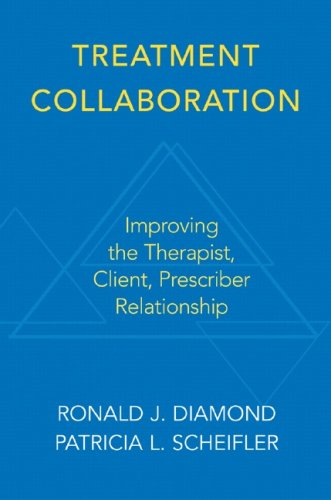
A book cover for Treatment Collaboration: Improving the Therapist, Prescriber, Client Relationship; Ronald J. Diamond; Medical Books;